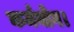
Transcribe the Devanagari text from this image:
कर्मयोग।